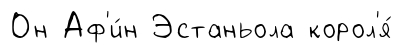
Он Аф'и́н Эстаньола корол'я́